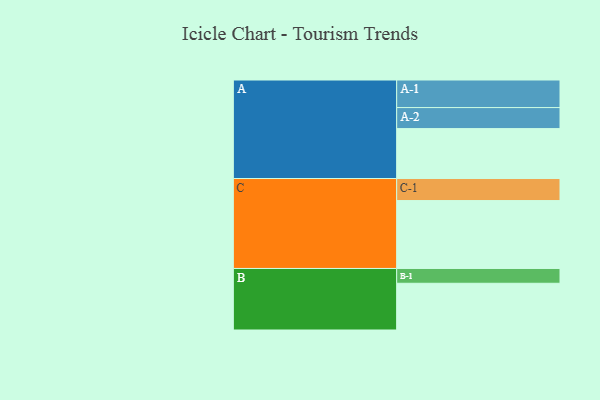
{"axis": {"x": "Segment", "y": "Value"}, "legend": ["", "A", "B", "C"], "data": [{"x": "A", "y": 344, "type": ""}, {"x": "B", "y": 322, "type": ""}, {"x": "C", "y": 468, "type": ""}, {"x": "A-1", "y": 190, "type": "A"}, {"x": "A-2", "y": 145, "type": "A"}, {"x": "B-1", "y": 102, "type": "B"}, {"x": "C-1", "y": 152, "type": "C"}]}